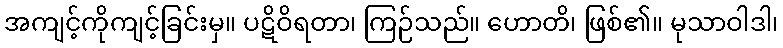
အကျင့်ကိုကျင့်ခြင်းမှ။ ပဋိဝိရတာ၊ ကြဉ်သည်။ ဟောတိ၊ ဖြစ်၏။ မုသာဝါဒါ၊